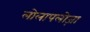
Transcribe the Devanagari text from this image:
लोलापलोज़ा